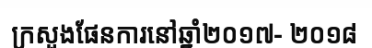
ក្រសួងផែនការនៅឆ្នាំ២០១៧- ២០១៨